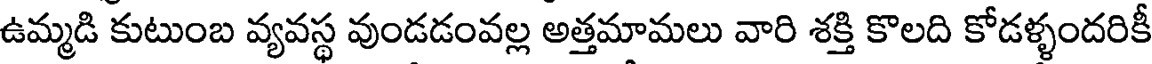
ఉమ్మడి కుటుంబ వ్యవస్థ వుండడంవల్ల అత్తమామలు వారి శక్తి కొలది కోడళ్ళందరికీ